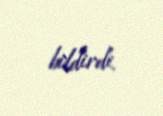
bildirdi.